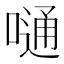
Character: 嗵